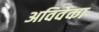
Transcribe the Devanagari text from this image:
अविवेका